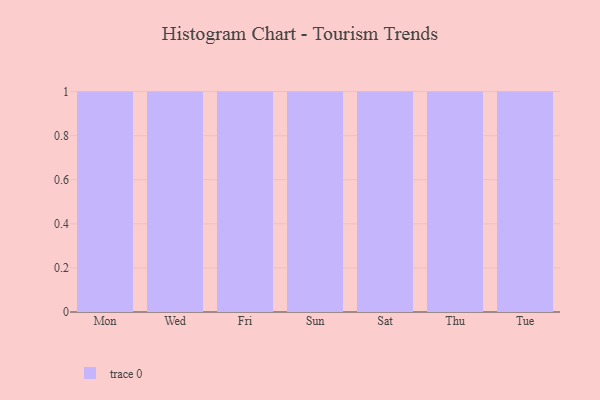
{"axis": {"x": "Day", "y": "Customer Acquisition Cost (USD)"}, "legend": [""], "data": [{"x": "Mon", "y": 72, "type": ""}, {"x": "Wed", "y": 85, "type": ""}, {"x": "Fri", "y": 68, "type": ""}, {"x": "Sun", "y": 90, "type": ""}, {"x": "Sat", "y": 15, "type": ""}, {"x": "Thu", "y": 77, "type": ""}, {"x": "Tue", "y": 81, "type": ""}]}